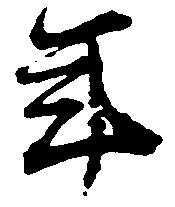
年